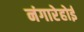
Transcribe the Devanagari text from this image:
नंगारेहोई